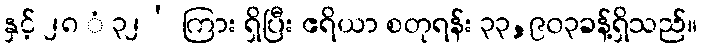
နှင့် ၂၈ ံ ၃၂’ ကြား ရှိပြီး ဧရိယာ စတုရန်း ၃၃,၉၀၃ခန့်ရှိသည်။